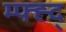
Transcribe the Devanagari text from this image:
म्फ्ह्द्